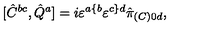
[ \hat { C } ^ { b c } , \hat { Q } ^ { a } ] = i \varepsilon ^ { a \{ b } \varepsilon ^ { c \} d } \hat { \pi } _ { ( C ) 0 d } ,